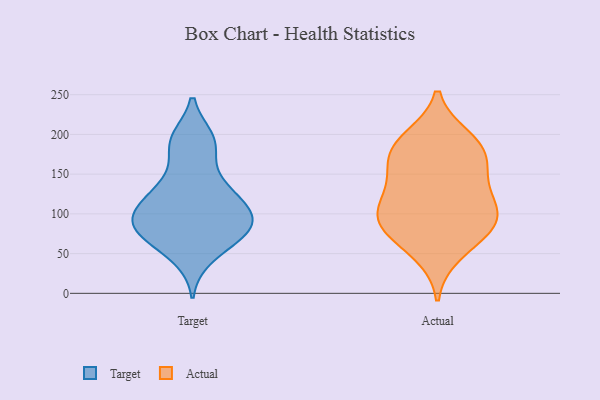
{"axis": {"x": "Conversion Rate (%)", "y": "Value"}, "legend": ["Actual", "Target"], "data": [{"x": "", "y": 88, "type": "Target"}, {"x": "", "y": 104, "type": "Target"}, {"x": "", "y": 80, "type": "Target"}, {"x": "", "y": 80, "type": "Target"}, {"x": "", "y": 91, "type": "Target"}, {"x": "", "y": 186, "type": "Target"}, {"x": "", "y": 119, "type": "Target"}, {"x": "", "y": 96, "type": "Target"}, {"x": "", "y": 192, "type": "Target"}, {"x": "", "y": 127, "type": "Target"}, {"x": "", "y": 77, "type": "Target"}, {"x": "", "y": 63, "type": "Target"}, {"x": "", "y": 147, "type": "Target"}, {"x": "", "y": 122, "type": "Target"}, {"x": "", "y": 194, "type": "Target"}, {"x": "", "y": 46, "type": "Target"}, {"x": "", "y": 108, "type": "Actual"}, {"x": "", "y": 88, "type": "Actual"}, {"x": "", "y": 50, "type": "Actual"}, {"x": "", "y": 88, "type": "Actual"}, {"x": "", "y": 72, "type": "Actual"}, {"x": "", "y": 167, "type": "Actual"}, {"x": "", "y": 89, "type": "Actual"}, {"x": "", "y": 189, "type": "Actual"}, {"x": "", "y": 143, "type": "Actual"}, {"x": "", "y": 183, "type": "Actual"}, {"x": "", "y": 107, "type": "Actual"}, {"x": "", "y": 124, "type": "Actual"}, {"x": "", "y": 162, "type": "Actual"}, {"x": "", "y": 195, "type": "Actual"}]}